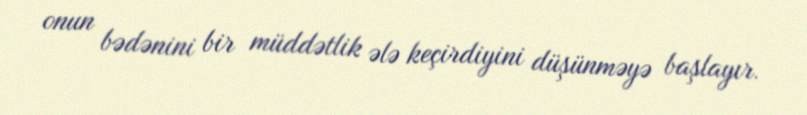
onun bədənini bir müddətlik ələ keçirdiyini düşünməyə başlayır.